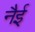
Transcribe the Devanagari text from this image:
नैई